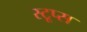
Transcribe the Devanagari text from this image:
स्टूप्स